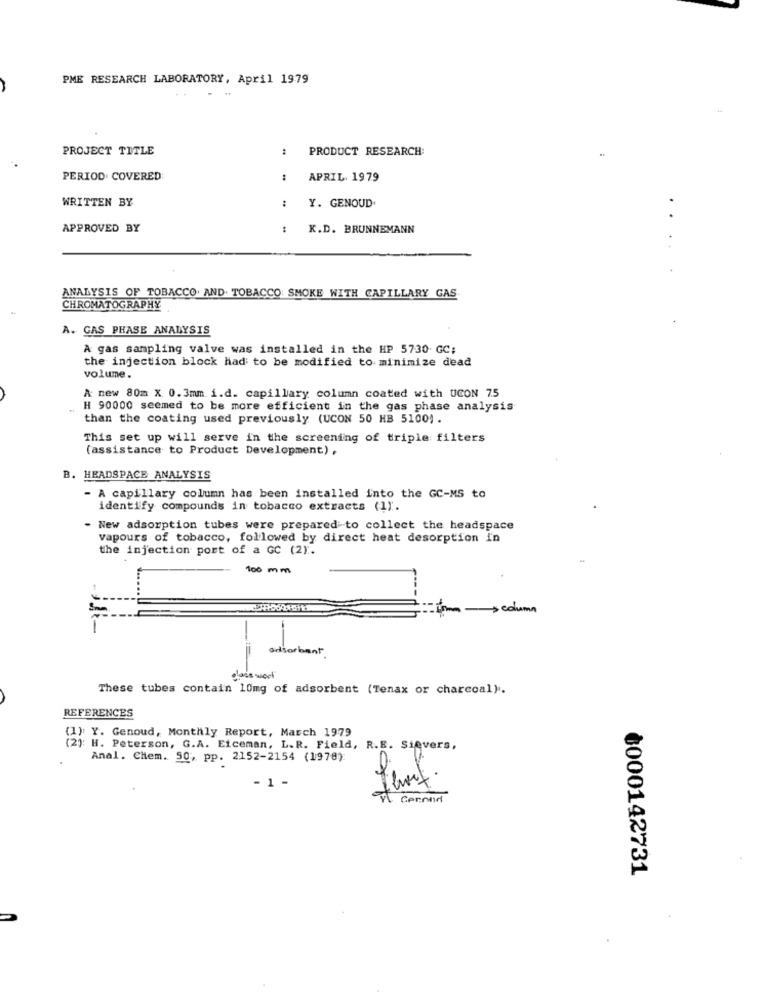
PME RESEARCH LABORATORY, April 1979
PROJECT TITLE
PRODUCT RESEARCH:
PERIOD. COVERED
APRIL 1979
WRITTEN BY
Y. GENOUD.
APPROVED BY
:
X.D. BRUNNEMANN
..
...
ANALYSIS OF TOBACCO. AND. TOBACCO SMOKE WITH CAPILLARY GAS
CHROMATOGRAPHY
A. GAS PHASE ANALYSIS
A gas sampling valve was installed in the HP 5730 GC;
the injection block had to be modified to minimize dead
volume.
A new 80m X 0.3mm. i.d. capillary column coated with UCON 7.5
H 90000 seemed to be more efficient in the gas phase analysis
than the coating used previously (UCON 50 HB 5100).
This set up will serve in the screening of triple filters
(assistance to Product Development) .
B. HEADSPACE ANALYSIS
A capillary column has been installed into the GC-MS to
identify compounds in tobacco extracts (1).
New adsorption tubes were prepared to collect the headspace
vapours of tobacco, followed by direct heat desorption in
the injection port of a GC (2).
100 mm
I'm column
-
adsorbant .
place week
These tubes contain 10mg of adsorbent (Tenax or charcoal).
REFERENCES
(1) Y. Genoud, Monthly Report, March 1979
H. Peterson, G.A. Eiceman, L.R. Field, R.E. Sievers,
Anal. Chem. 50, pp. 2152-2154 (1978):
- 1 -
0000142731